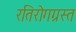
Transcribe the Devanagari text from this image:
रतिरोगग्रस्त